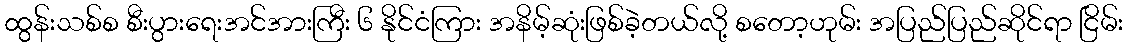
ထွန်းသစ်စ စီးပွားရေးအင်အားကြီး ၆ နိုင်ငံကြား အနိမ့်ဆုံးဖြစ်ခဲ့တယ်လို့ စတော့ဟုမ်း အပြည်ပြည်ဆိုင်ရာ ငြိမ်း